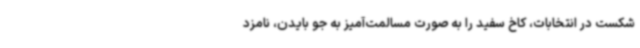
شکست در انتخابات، کاخ سفید را به‌ صورت مسالمت‌آمیز به جو بایدن، نامزد